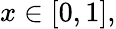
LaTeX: x\in[0,1],